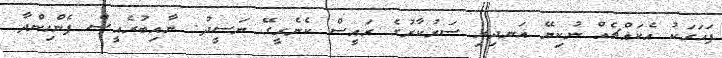
ފަހަރަކު އެކައްޗެއް ނުކިޔޭ އަނދިރި ސަރުކާރުގެ ރައީސް ކެނެރީގޭ ނަސީދު. ނާއިބުރެއީސް ފެންހިންދާ